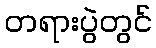
တရားပွဲတွင်